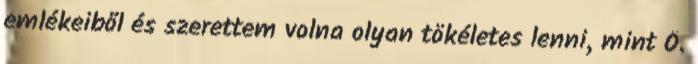
emlékeiből és szerettem volna olyan tökéletes lenni, mint Ő.